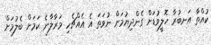
ކުއްތާ އަނބުރާ ހޮލީވުޑަށް ގެންދިޔުމަށް ނުވަތަ އެ އެއްޗެހި މަރާލާނެ ކަމަށް ބެލުމަށް